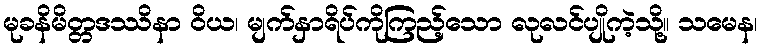
မုခနိမိတ္တဒဿိနာ ဝိယ၊ မျက်နှာရိပ်ကိုကြည့်သော လုလင်ပျိုကဲ့သို့။ သမေန၊